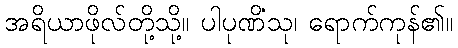
အရိယာဖိုလ်တို့သို့။ ပါပုဏိံသု၊ ရောက်ကုန်၏။